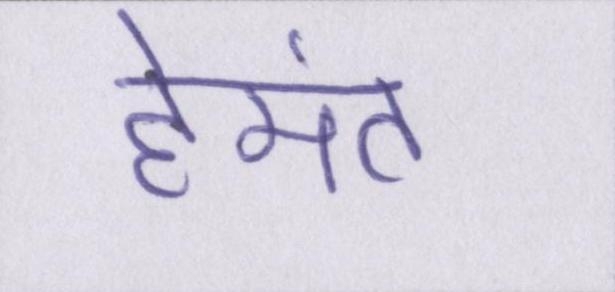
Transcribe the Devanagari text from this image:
हेमंत